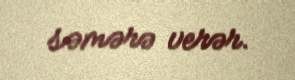
səmərə verər.